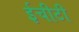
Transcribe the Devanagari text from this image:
ईचीटी